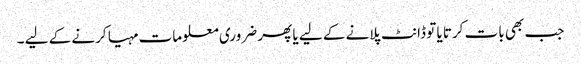
جب بھی بات کرتا یا تو ڈانٹ پلانے کے لیے یا پھر ضروری معلومات مہیا کرنے کے لیے ۔